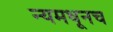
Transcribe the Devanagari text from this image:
न्यमधूनच